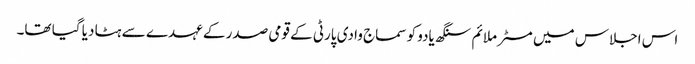
اس اجلاس میں مسٹر ملائم سنگھ یادو کو سماج وادی پارٹی کے قومی صدر کے عہدے سے ہٹا دیا گیا تھا۔